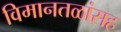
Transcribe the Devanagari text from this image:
विमानतळांसह